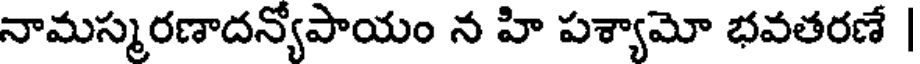
నామస్మరణాదన్యోపాయం న హి పశ్యామో భవతరణే |